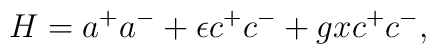
H=a^+a^-+\epsilon c^+c^- + gxc^+c^-,